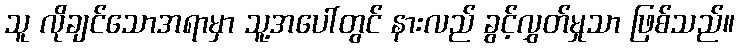
သူ လိုချင်သောအရာမှာ သူ့အပေါ်တွင် နားလည် ခွင့်လွှတ်မှုသာ ဖြစ်သည်။